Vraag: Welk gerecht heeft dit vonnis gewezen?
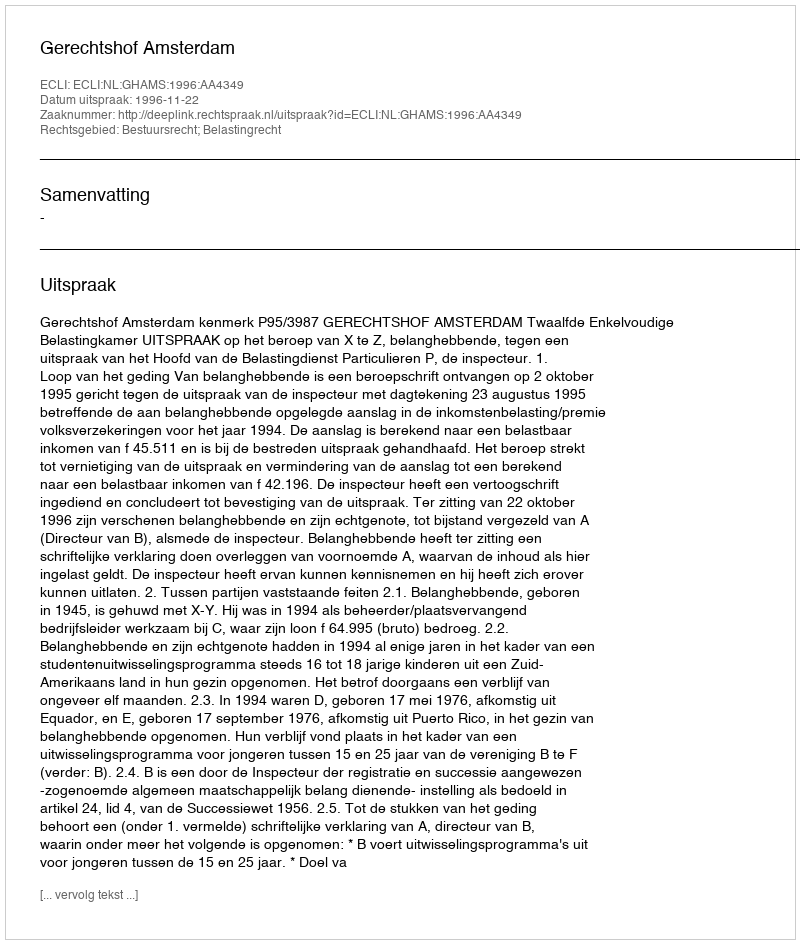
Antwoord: Gerechtshof Amsterdam